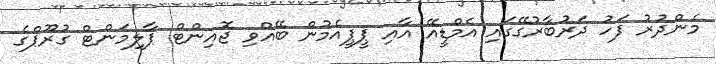
މެންދުރު ފަހު ދަރުބާރުގޭގައި އެމްޑީއޭ އާއި ޕީޕީއެމުން ބޭއްވި ޖޮއިންޓް ޕާލިމަންޓް ގުރޫޕްގެ